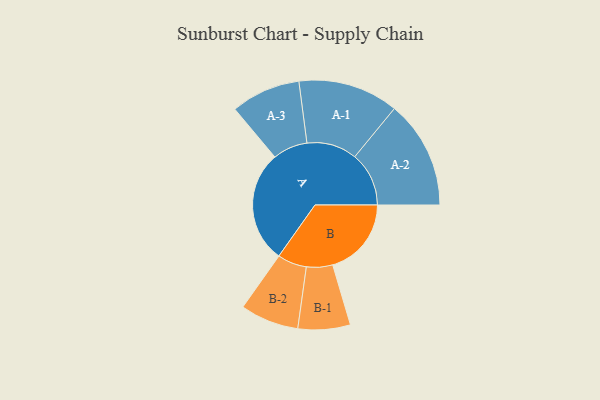
{"axis": {"x": "Segment", "y": "Value"}, "legend": ["", "A", "B"], "data": [{"x": "A", "y": 429, "type": ""}, {"x": "B", "y": 301, "type": ""}, {"x": "A-1", "y": 192, "type": "A"}, {"x": "A-2", "y": 207, "type": "A"}, {"x": "A-3", "y": 133, "type": "A"}, {"x": "B-1", "y": 100, "type": "B"}, {"x": "B-2", "y": 112, "type": "B"}]}